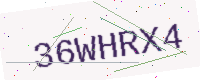
Text: 36WHRX4